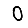
Digit: 0